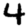
Digit: 4